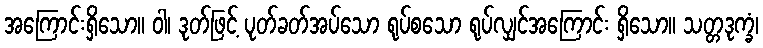
အကြောင်းရှိသော။ ဝါ၊ ဒုတ်ဖြင့် ပုတ်ခတ်အပ်သော ရုပ်စသော ရုပ်လျှင်အကြောင်း ရှိသော။ သတ္တဒုက္ခံ၊